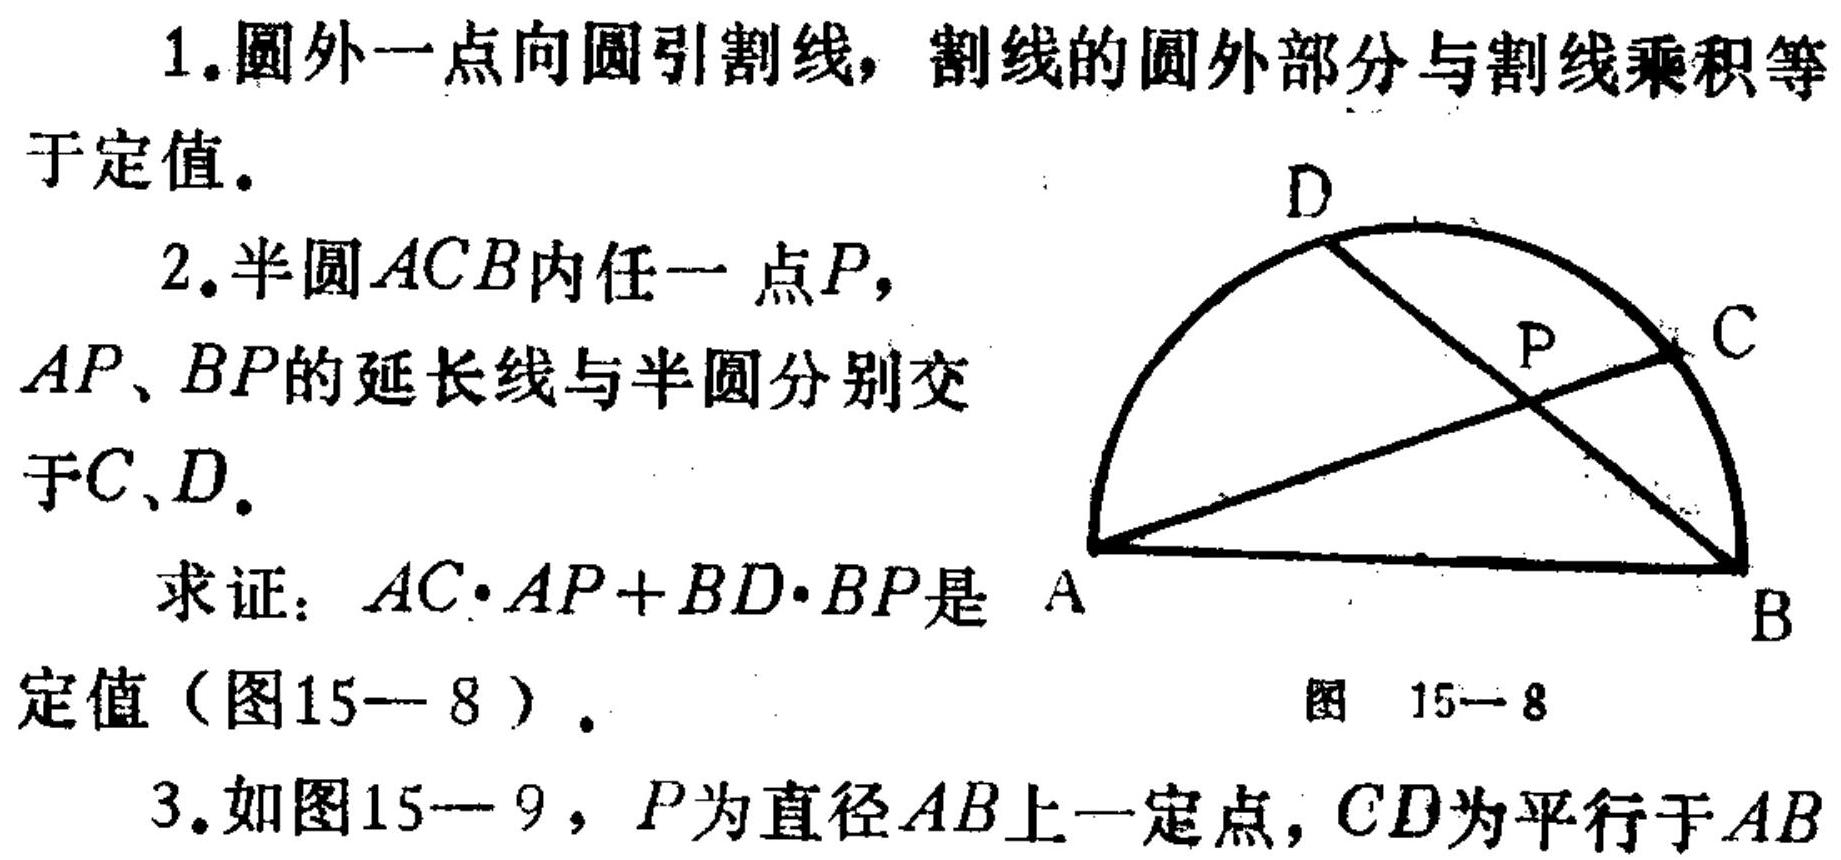
1. 圆外一点向圆引割线，割线的圆外部分与割线乘积等于定值。
2. 半圆\(ACB\)内任一点\(P\)，\(AP\)、\(BP\)的延长线与半圆分别交于\(C\)、\(D\)。
求证：\(AC\cdot AP + BD\cdot BP\)是定值（图15—8）。
3. 如图15—9，\(P\)为直径\(AB\)上一定点，\(CD\)为平行于\(AB\)